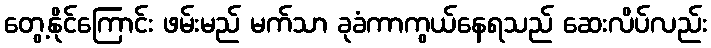
တွေ့နိုင်ကြောင်း ဖမ်းမည် မက်သာ ခုခံကာကွယ်နေရသည် ဆေးလိပ်လည်း